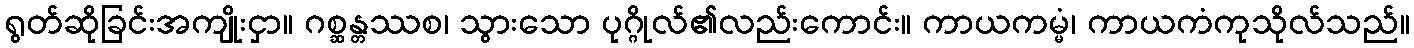
ရွတ်ဆိုခြင်းအကျိုးငှာ။ ဂစ္ဆန္တဿစ၊ သွားသော ပုဂ္ဂိုလ်၏လည်းကောင်း။ ကာယကမ္မံ၊ ကာယကံကုသိုလ်သည်။